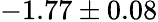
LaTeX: -1.77\pm 0.08